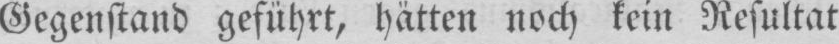
Gegenstand geführt, hätten noch kein Resultat